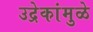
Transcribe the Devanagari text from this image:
उद्रेकांमुळे